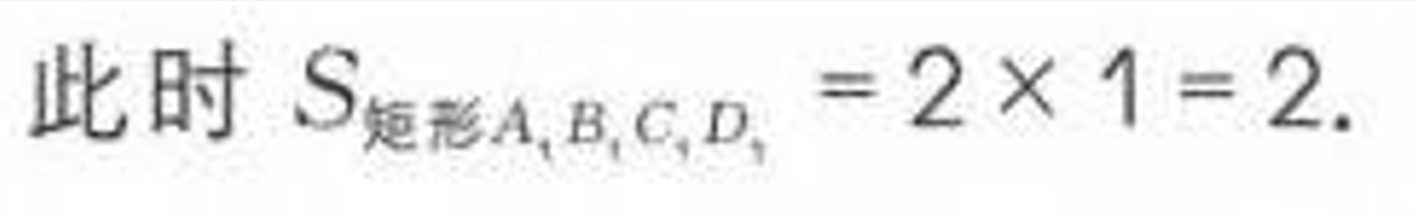
此时 \(S_{矩形A_1B_1C_1D_1}=2\times 1 = 2\).